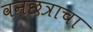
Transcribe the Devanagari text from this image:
वनछत्राचा